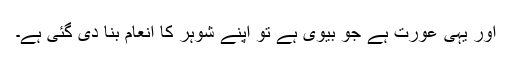
اور یہی عورت ہے جو بیوی ہے تو اپنے شوہر کا انعام بنا دی گئی ہے۔